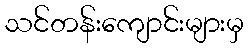
သင်တန်းကျောင်းများမှ